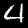
Digit: 4